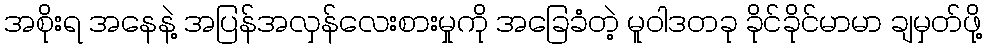
အစိုးရ အနေနဲ့ အပြန်အလှန်လေးစားမှုကို အခြေခံတဲ့ မူဝါဒတခု ခိုင်ခိုင်မာမာ ချမှတ်ဖို့